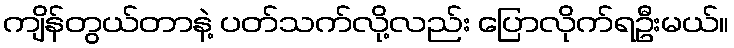
ကျိန်တွယ်တာနဲ့ ပတ်သက်လို့လည်း ပြောလိုက်ရဦးမယ်။